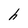
Character: h